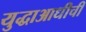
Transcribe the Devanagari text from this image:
युद्धाआधीची